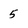
Character: 5